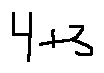
4 + 3